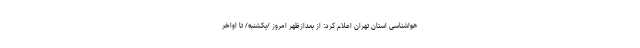
هواشناسی استان تهران اعلام کرد: از بعدازظهر امروز /یکشنبه/ تا اواخر